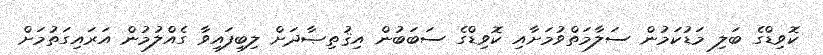
ކޮވިޑްގެ ބަލި މަޑުކަމުން ސަލާމަތްވުމަށާއި ކޮވިޑްގެ ސަބަބުން އިޤުތިޞާދަށް ލިބިފައިވާ ގެއްލުމުން އަރައިގަތުމަށް